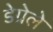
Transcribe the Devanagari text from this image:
डेग्रेले